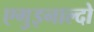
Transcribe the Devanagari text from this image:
एगुइनाल्दो